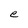
Character: e